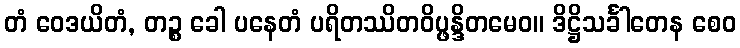
တံ ဝေဒယိတံ, တဉ္စ ခေါ ပနေတံ ပရိတဿိတဝိပ္ဖန္ဒိတမေဝ။ ဒိဋ္ဌိသင်္ခါတေန စေဝ